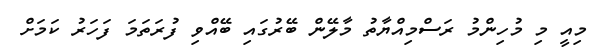
މިއީ މި މުހިންމު ރަސްމިއްޔާތު މާލޭން ބޭރުގައި ބޭއްވި ފުރަތަމަ ފަހަރު ކަމަށް